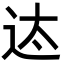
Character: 迏